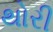
થોરી